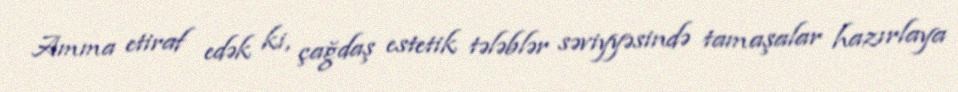
Amma etiraf edək ki, çağdaş estetik tələblər səviyyəsində tamaşalar hazırlaya